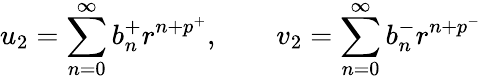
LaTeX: u_{2}=\sum_{n=0}^{\infty}b_{n}^{+}r^{n+p^{+}},\qquad v_{2}=\sum_{n=0}^{\infty}b_{n}^{-}r^{n+p^{-}}